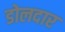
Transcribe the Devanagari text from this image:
डोलदार